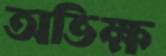
অভিক্ষ